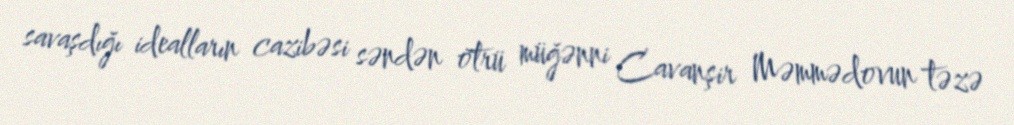
savaşdığı idealların cazibəsi səndən ötrü müğənni Cavanşir Məmmədovun təzə